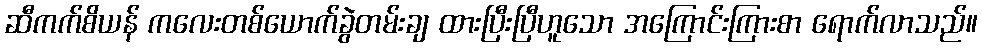
ဆီကက်စိယန် ကလေးတစ်ယောက်ခွဲတမ်းချ ထားပြီးပြီဟူသော အကြောင်းကြားစာ ရောက်လာသည်။